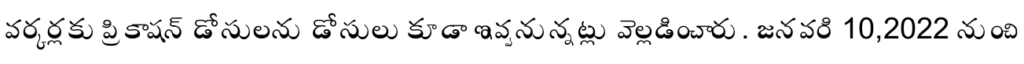
వర్కర్లకు ప్రికాషన్ డోసులను డోసులు కూడా ఇవ్వనున్నట్లు వెల్లడించారు. జనవరి 10,2022 నుంచి